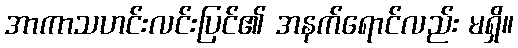
အာကာသဟင်းလင်းပြင်၏ အနက်ရောင်လည်း မရှိ။